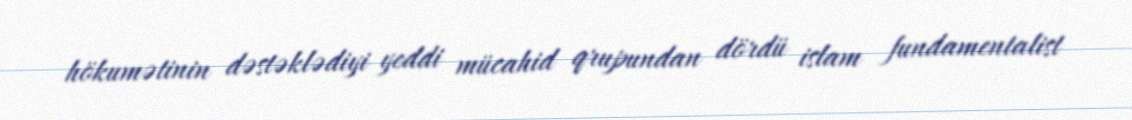
hökumətinin dəstəklədiyi yeddi mücahid qrupundan dördü islam fundamentalist